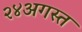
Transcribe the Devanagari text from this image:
२४अगस्त